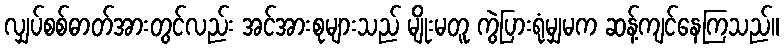
လျှပ်စစ်ဓာတ်အားတွင်လည်း အင်အားစုများသည် မျိုးမတူ ကွဲပြားရုံမျှမက ဆန့်ကျင်နေကြသည်။